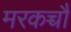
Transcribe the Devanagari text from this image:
मरकच्चौ